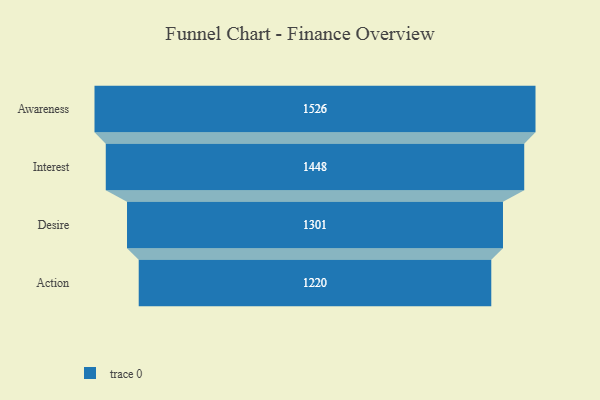
{"axis": {"x": "Stage", "y": "Value"}, "legend": [""], "data": [{"x": "Awareness", "y": 1526.0, "type": ""}, {"x": "Interest", "y": 1448.0, "type": ""}, {"x": "Desire", "y": 1301.0, "type": ""}, {"x": "Action", "y": 1220.0, "type": ""}]}